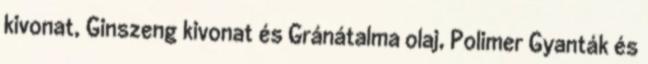
kivonat, Ginszeng kivonat és Gránátalma olaj, Polimer Gyanták és